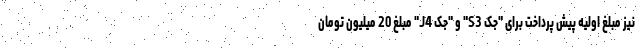
نیز مبلغ اولیه پیش پرداخت برای "جک S3" و "جک J4" مبلغ 20 میلیون تومان